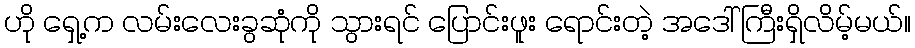
ဟို ရှေ့က လမ်းလေးခွဆုံကို သွားရင် ပြောင်းဖူး ရောင်းတဲ့ အဒေါ်ကြီးရှိလိမ့်မယ်။